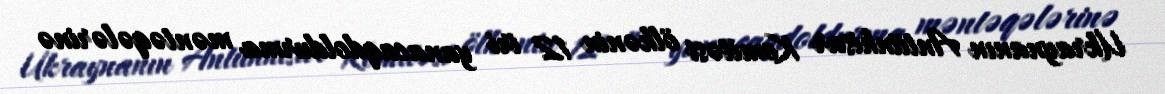
Ukraynanın Antiinhisar Komitəsi ölkənin 12 iri yanacaqdoldurma məntəqələrinə